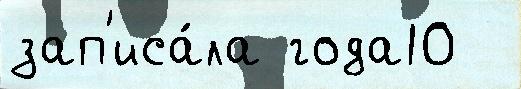
зап'иса́ла года10